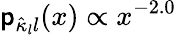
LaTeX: {\mathsf p}_{\hat{\kappa}_{l}l}(x)\propto x^{-2.0}